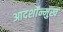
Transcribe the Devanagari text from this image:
आदर्शोंन्मुख